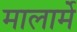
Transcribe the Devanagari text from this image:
मालार्मे